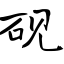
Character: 砚